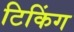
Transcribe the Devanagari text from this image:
टिकिंग